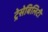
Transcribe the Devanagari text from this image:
ट्रेसेबिलिटी